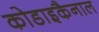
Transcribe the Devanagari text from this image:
कोडाइकैनाल